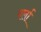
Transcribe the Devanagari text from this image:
पर्ला